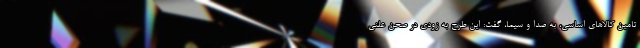
تامین کالا‌های اساسی، به صدا و سیما، گفت: این طرح به زودی در صحن علنی